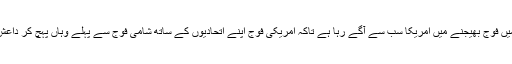
اسی لئے ایسا لگتا ہے کہ شام میں فوج بھیجنے میں امریکا سب سے آگے رہا ہے تاکہ امریکی فوج اپنے اتحادیوں کے ساتھ شامی فوج سے پہلے وہاں پہچ کر داعش کو فرار پر مجبور کر سکے۔